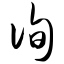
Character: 询